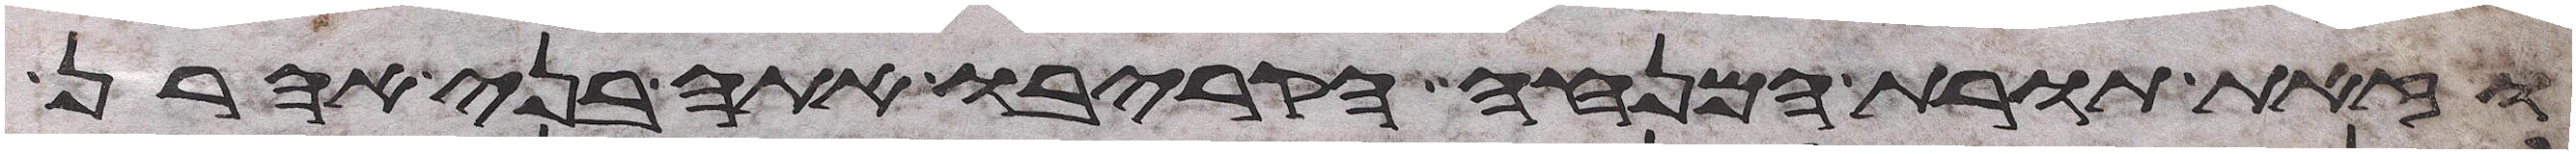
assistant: וזאת תורת המנחה הקריבו אתה בני אהרן